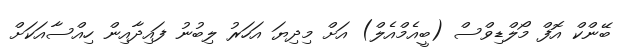
ބޭންކް އޮފް މޯލްޑިވްސް (ބީއެމްއެލް) އަށް މިދިޔަ އަހަރު ލިބުނު ފައިދާއިން ހިއްސާއަކަށް